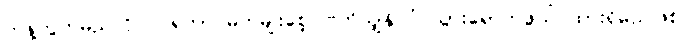
ကန့်ကွက်မည်ကို ဝင်ရတာ မိဘမျိုးစေ့ ဗြိတိသျှနိုင်ငံ သွားရောက်ဖွယ် ထားရှိမည်ဖြစ်